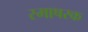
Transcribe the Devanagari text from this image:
स्माषरक